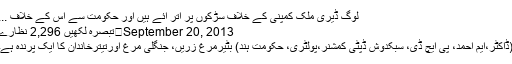
لوگ ڈیری ملک کمپنی کے خلاف سڑکوں پر اتر آئے ہیں اور حکومت سے اس کے خلاف ...
September 20, 2013	تبصرہ لکھیں 2,296 نظارے
(ڈاکٹر،ایم احمد، پی ایچ ڈی، سبکدوش ڈپٹی کمشنر،پولٹری، حکومت ہند) بٹیرمرغ زریں، جنگلی مرغ اورتیترخاندان کا ایک پرندہ ہے۔